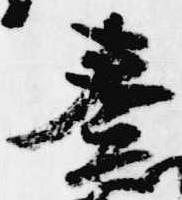
奏